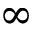
\infty